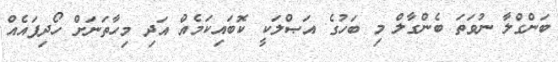
ބަންގްލާ ނުވަތަ ބެންގާލް މި ބަހުގެ އަޞްލަކީ ކޮބައިކަމެއް އަދި މިހާތަނަށް ހޯދިފައެއް